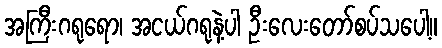
အကြီးဂရုရော၊ အငယ်ဂရုနဲ့ပါ ဦးလေးတော်စပ်သပေါ့။